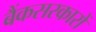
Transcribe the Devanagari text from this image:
बैंकसरकारों